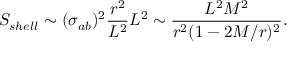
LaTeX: S _ { s h e l l } \sim ( \sigma _ { a b } ) ^ { 2 } \frac { r ^ { 2 } } { L ^ { 2 } } L ^ { 2 } \sim \frac { L ^ { 2 } M ^ { 2 } } { r ^ { 2 } ( 1 - 2 M / r ) ^ { 2 } } .